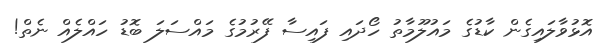
އޮޅުވާލައިގެން ކާޑުގެ މައުލޫމާތު ހޯދައި ފައިސާ ފޭރުމުގެ މައްސަލަ ބޮޑު ހައްލެއް ނެތް!